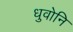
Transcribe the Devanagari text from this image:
धुवोनि